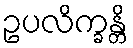
ဥပလိက္ခန္တိ